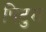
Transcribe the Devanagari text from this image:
पिटुरा